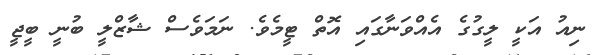
ނިއު އަކީ ލީގުގެ އެއްވަނާގައި އޮތް ޓީމެވެ. ނަމަވެސް ޝާޒްލީ ބުނީ ބީޖީ